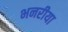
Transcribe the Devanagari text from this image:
भनरीया